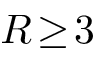
R \! \geq \! 3